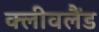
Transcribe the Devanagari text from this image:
क्‍लीवलैंड